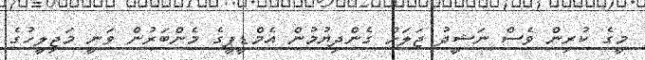
މީގެ ކުރިން ވެސް ނަޝީދު ޖަލަށް ގެންދިޔުމުން އެމްޑީޕީގެ މެންބަރުން ވަނީ މަޖިލީހުގެ